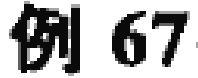
例 67